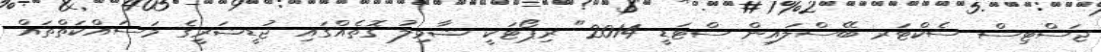
ޖަސްޓިސް ސެކްޓަރ ބޭސްލައިން ސްޓަޑީ 2014" ރިޕޯޓަކީ ޝާމިލު ގޮތެއްގައި ޖުޑީޝަރީގެ މަސައްކަތްތައް